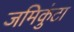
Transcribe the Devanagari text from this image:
जमिकुंटा